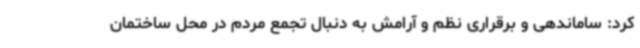
کرد: ساماندهی و برقراری نظم و آرامش به دنبال تجمع مردم در محل ساختمان